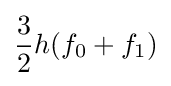
{\frac {3}{2}}h(f_{0}+f_{1})